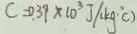
C = 0 . 3 9 \times 1 0 ^ { 3 } J / k g \cdot ^ { \circ } C )